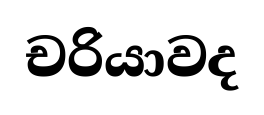
චරියාවද